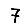
Digit: 7